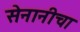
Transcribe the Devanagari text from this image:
सेनानीचा